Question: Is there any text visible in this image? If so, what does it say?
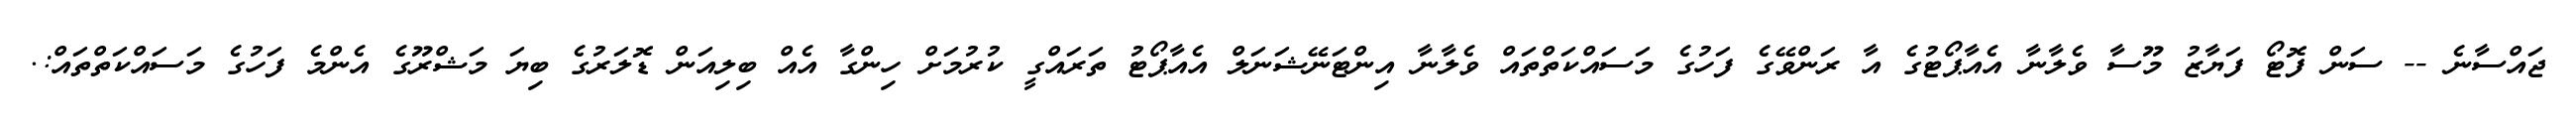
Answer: ޖައްސާނެ -- ސަން ފޮޓޯ ފަޔާޒު މޫސާ ވެލާނާ އެއާޕޯޓުގެ އާ ރަންވޭގެ ފަހުގެ މަސައްކަތްތައް ވެލާނާ އިންޓަނޭޝަނަލް އެއާޕޯޓު ތަރައްގީ ކުރުމަށް ހިންގާ އެއް ބިލިއަން ޑޮލަރުގެ ބިޔަ މަޝްރޫގެ އެންމެ ފަހުގެ މަސައްކަތްތައް:.